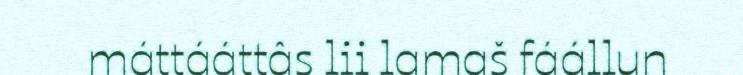
máttááttâs lii lamaš fáállun